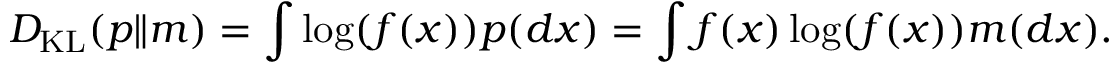
D _ { \mathrm { K L } } ( p \| m ) = \int \log ( f ( x ) ) p ( d x ) = \int f ( x ) \log ( f ( x ) ) m ( d x ) .